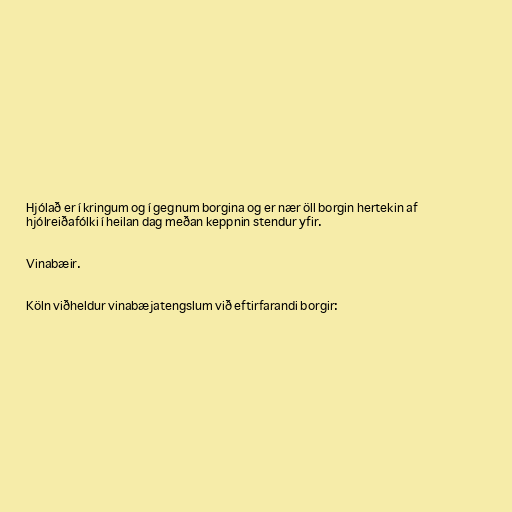
Hjólað er í kringum og í gegnum borgina og er nær öll borgin hertekin af
hjólreiðafólki í heilan dag meðan keppnin stendur yfir.

Vinabæir.

Köln viðheldur vinabæjatengslum við eftirfarandi borgir: